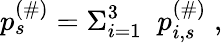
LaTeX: p_{s}^{(\# )}=\Sigma_{i=1}^{3}\; \; p_{i,s}^{(\# )}\; ,